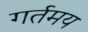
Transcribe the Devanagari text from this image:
गर्तमय